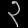
Digit: ၃